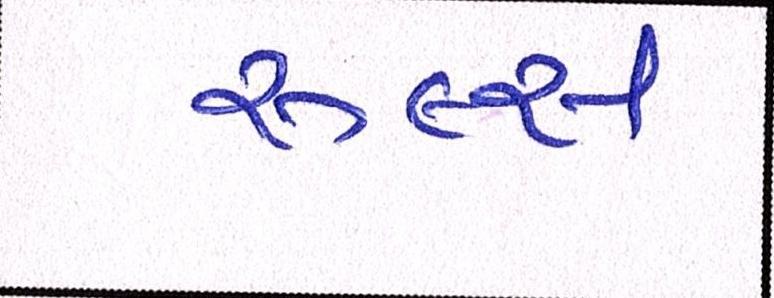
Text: રૂલ્સ